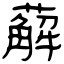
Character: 薢